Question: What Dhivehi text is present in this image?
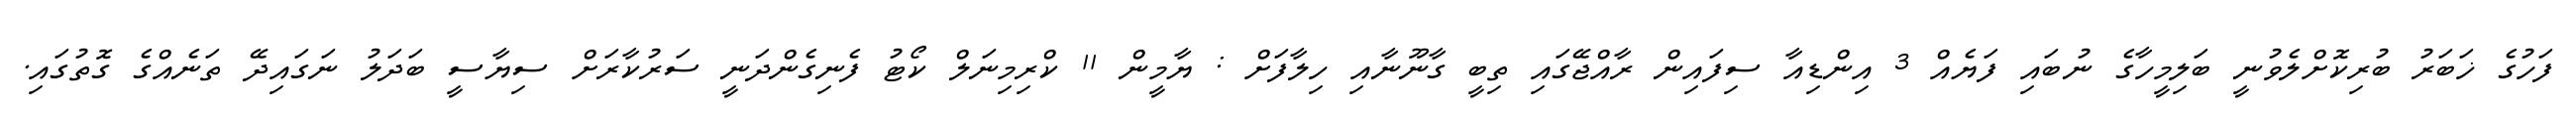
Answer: ފަހުގެ ޚަބަރު ބުރިކޮށްލެވުނީ ބަލިމީހާގެ ނުބައި ފަޔެއް 3 އިންޑިއާ ސިފައިން ރާއްޖޭގައި ތިބީ ގާނޫނާއި ހިލާފަށް : ޔާމީން 11 ކްރިމިނަލް ކޯޓު ފެނިގެންދަނީ ސަރުކާރަށް ސިޔާސީ ބަދަލު ނަގައިދޭ ތަނެއްގެ ގޮތުގައި.